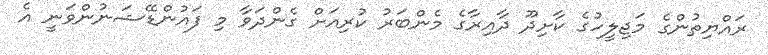
ރައްޔިތުންގެ މަޖިލީހުގެ ކާށިދޫ ދާއިރާގެ މެންބަރު ކުރިއަށް ގެންދަވާ މި ފައުންޑޭޝަނުންވަނީ އެ